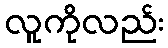
လူကိုလည်း